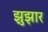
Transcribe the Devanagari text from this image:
झुझार